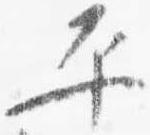
平